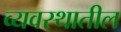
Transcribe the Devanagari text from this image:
व्यवस्थातील